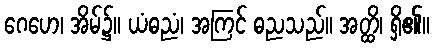
ဂေဟေ၊ အိမ်၌။ ယံဓညံ၊ အကြင် ဓညသည်။ အတ္ထိ၊ ရှိ၏။